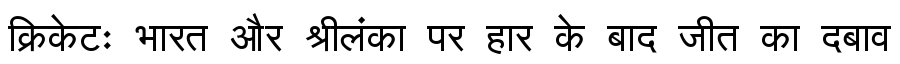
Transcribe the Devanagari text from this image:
क्रिकेटः भारत और श्रीलंका पर हार के बाद जीत का दबाव